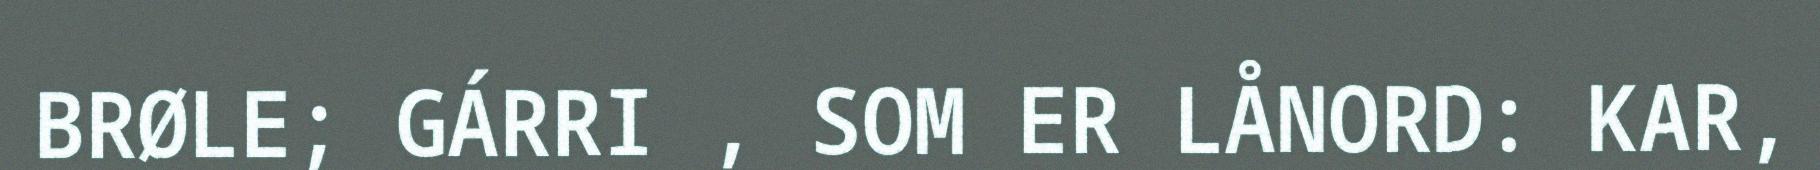
BRØLE; GÁRRI , SOM ER LÅNORD: KAR,